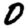
Digit: 0